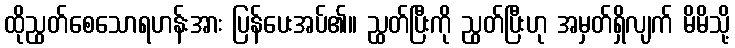
ထိုညွတ်စေသောရဟန်းအား ပြန်ပေးအပ်၏။ ညွှတ်ပြီးကို ညွတ်ပြီးဟု အမှတ်ရှိလျက် မိမိသို့